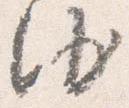
沙